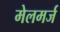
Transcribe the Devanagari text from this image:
मेलमर्ज